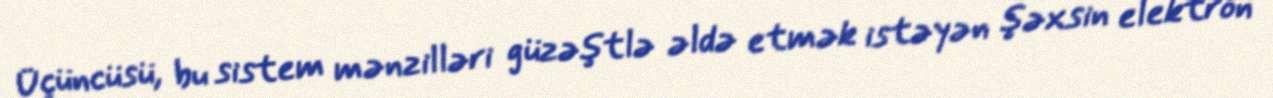
Üçüncüsü, bu sistem mənzilləri güzəştlə əldə etmək istəyən şəxsin elektron